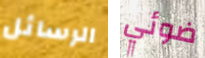
الرسائل ضوئي